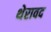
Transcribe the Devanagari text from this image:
थेरावद